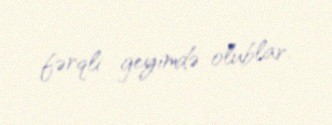
fərqli geyimdə olublar.